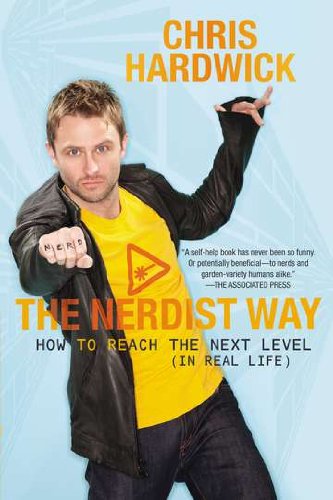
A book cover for The Nerdist Way: How to Reach the Next Level (In Real Life); Chris Hardwick; Humor & Entertainment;